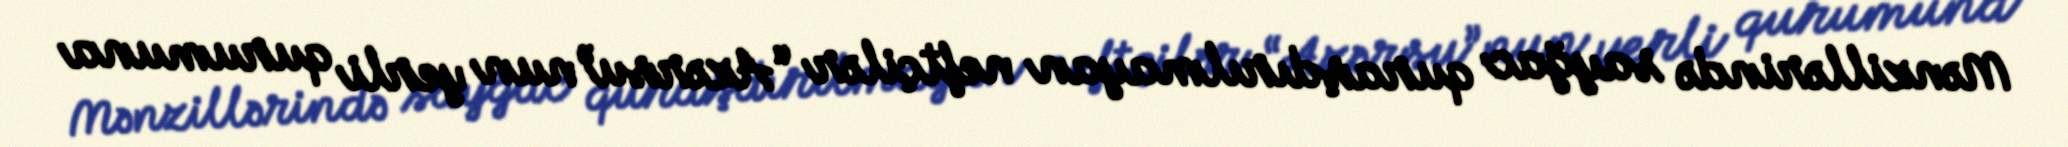
Mənzillərində sayğac quraşdırılmayan neftçilər “Azərsu”nun yerli qurumuna